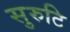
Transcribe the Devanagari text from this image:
सुरुटि